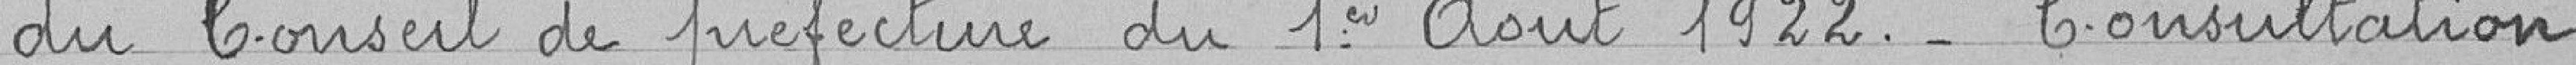
du Conseil de préfecture du 1er août 1922 - Consultation